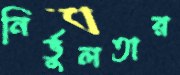
নির্ভুলতার